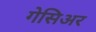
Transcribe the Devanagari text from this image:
गेसिअर